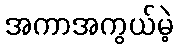
အကာအကွယ်မဲ့